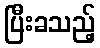
ပြီးခသည့်